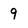
Character: 9